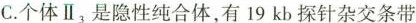
C.个体Ⅱ_{13}是隐性纯合体，有19kb探针杂交条带